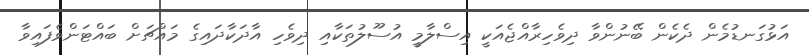
އަޅުގަނޑުމެން ދެކެން ބޭނުންވާ ދިވެހިރާއްޖެއަކީ އިސްލާމީ އުސޫލުތަކާއި ދިވެހި އާދަކާދައިގެ މައްޗަށް ބައްޓަންވެފައިވާ